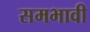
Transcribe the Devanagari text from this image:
समभावी